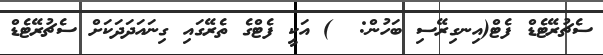
ސެޗުރޭޓެޑް ފެޓް(އިނގިރޭސި ބަހުން:  ) އަކީ ފެޓްގެ ތެރޭގައި ގިނައަދަދަކަށް ސެޗުރޭޓެޑް